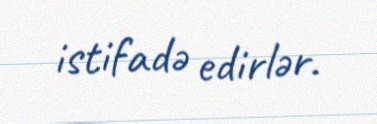
istifadə edirlər.